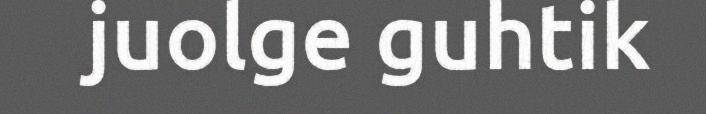
juolge guhtik